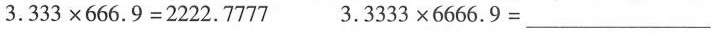
3.33333×66666.9=_________